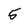
Character: 5